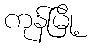
ကုန်မြို့